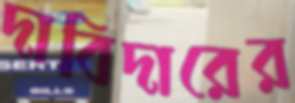
দাবিদারের